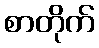
စာတိုက်